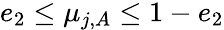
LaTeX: \begin{array}{r}{e_{2}\le\mu_{j,A}\le 1-e_{2}}\end{array}